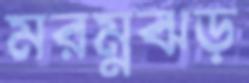
মরম্নঝড়